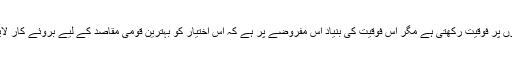
یقیناً حکومت منتخب عوامی نمایندے کی حیثیت سے تمام ریاستی اداروں پر فوقیت رکھتی ہے مگر اس فوقیت کی بنیاد اس مفروضے پر ہے کہ اس اختیار کو بہترین قومی مقاصد کے لیے بروئے کار لایا جائے گا نہ کہ ذاتی مفاد میں پھینکے گئے تاش کے پتے کی طرح۔